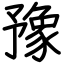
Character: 豫